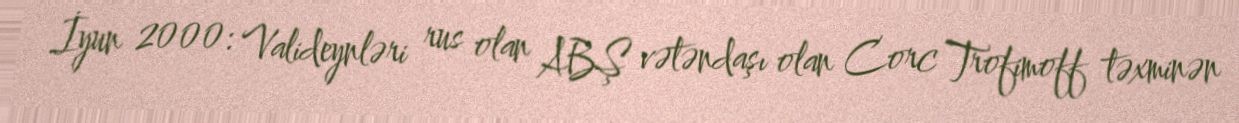
İyun 2000: Valideynləri rus olan ABŞ vətəndaşı olan Corc Trofimoff təxminən